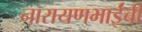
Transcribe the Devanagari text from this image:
नारायणभाईंची